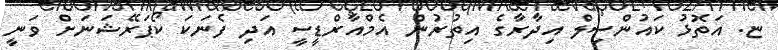
ޏ. އަތޮޅު ކައުންސިލް އިދާރާގެ އިތުރުން އެމްއާރްޑީސީ އަދި ފެނަކަ ކޯޕަރޭޝަނަށް ވަނީ